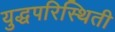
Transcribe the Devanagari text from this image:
युद्धपरिस्थिती